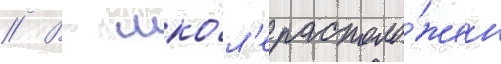
// В шко́л'е располо́жен